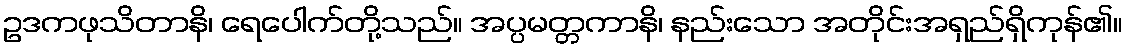
ဥဒကဖုသိတာနိ၊ ရေပေါက်တို့သည်။ အပ္ပမတ္တကာနိ၊ နည်းသော အတိုင်းအရှည်ရှိကုန်၏။